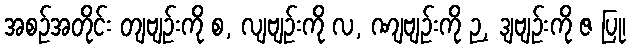
အစဉ်အတိုင်း တျဗျဉ်းကို စ, လျဗျဉ်းကို လ, ဏျဗျဉ်းကို ဉ, ဒျဗျဉ်းကို ဇ ပြု၊